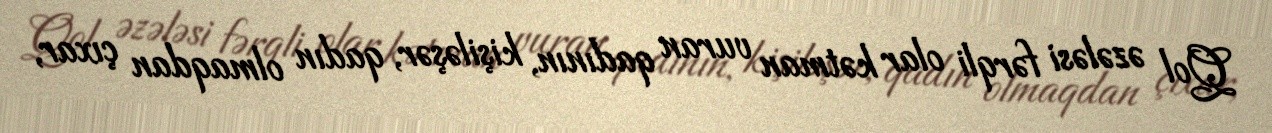
Qol əzələsi fərqli olar kətman vuran qadının, kişiləşər, qadın olmaqdan çıxar,